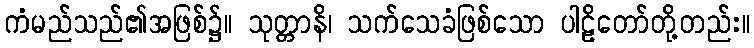
ကံမည်သည်၏အဖြစ်၌။ သုတ္တာနိ၊ သက်သေခံဖြစ်သော ပါဠိတော်တို့တည်း။